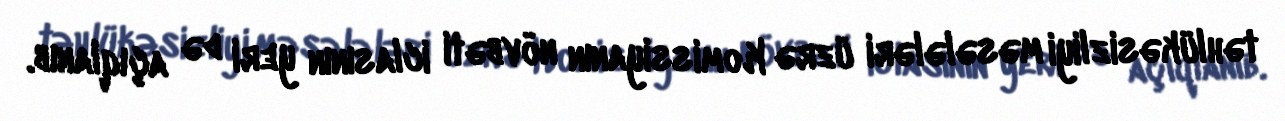
təhlükəsizliyi məsələləri üzrə Komissiyanın növbəti iclasının yeri də açıqlanıb.